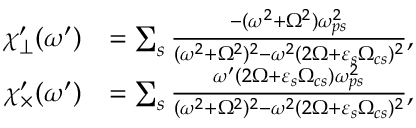
\begin{array} { r l } { \chi _ { \perp } ^ { \prime } ( \omega ^ { \prime } ) } & { = \sum _ { s } \frac { - ( \omega ^ { 2 } + \Omega ^ { 2 } ) \omega _ { p s } ^ { 2 } } { ( \omega ^ { 2 } + \Omega ^ { 2 } ) ^ { 2 } - \omega ^ { 2 } ( 2 \Omega + \varepsilon _ { s } \Omega _ { c s } ) ^ { 2 } } , } \\ { \chi _ { \times } ^ { \prime } ( \omega ^ { \prime } ) } & { = \sum _ { s } \frac { \omega ^ { \prime } ( 2 \Omega + \varepsilon _ { s } \Omega _ { c s } ) \omega _ { p s } ^ { 2 } } { ( \omega ^ { 2 } + \Omega ^ { 2 } ) ^ { 2 } - \omega ^ { 2 } ( 2 \Omega + \varepsilon _ { s } \Omega _ { c s } ) ^ { 2 } } , } \end{array}